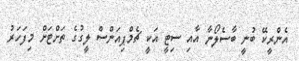
އެންރީކޭ ބުނީ ބާސެލޯނާ އާއި ސިޓީ އަކީ ޗެމްޕިއަންސް ލީގުގެ ތަށްޓަށް މިފަހަރު